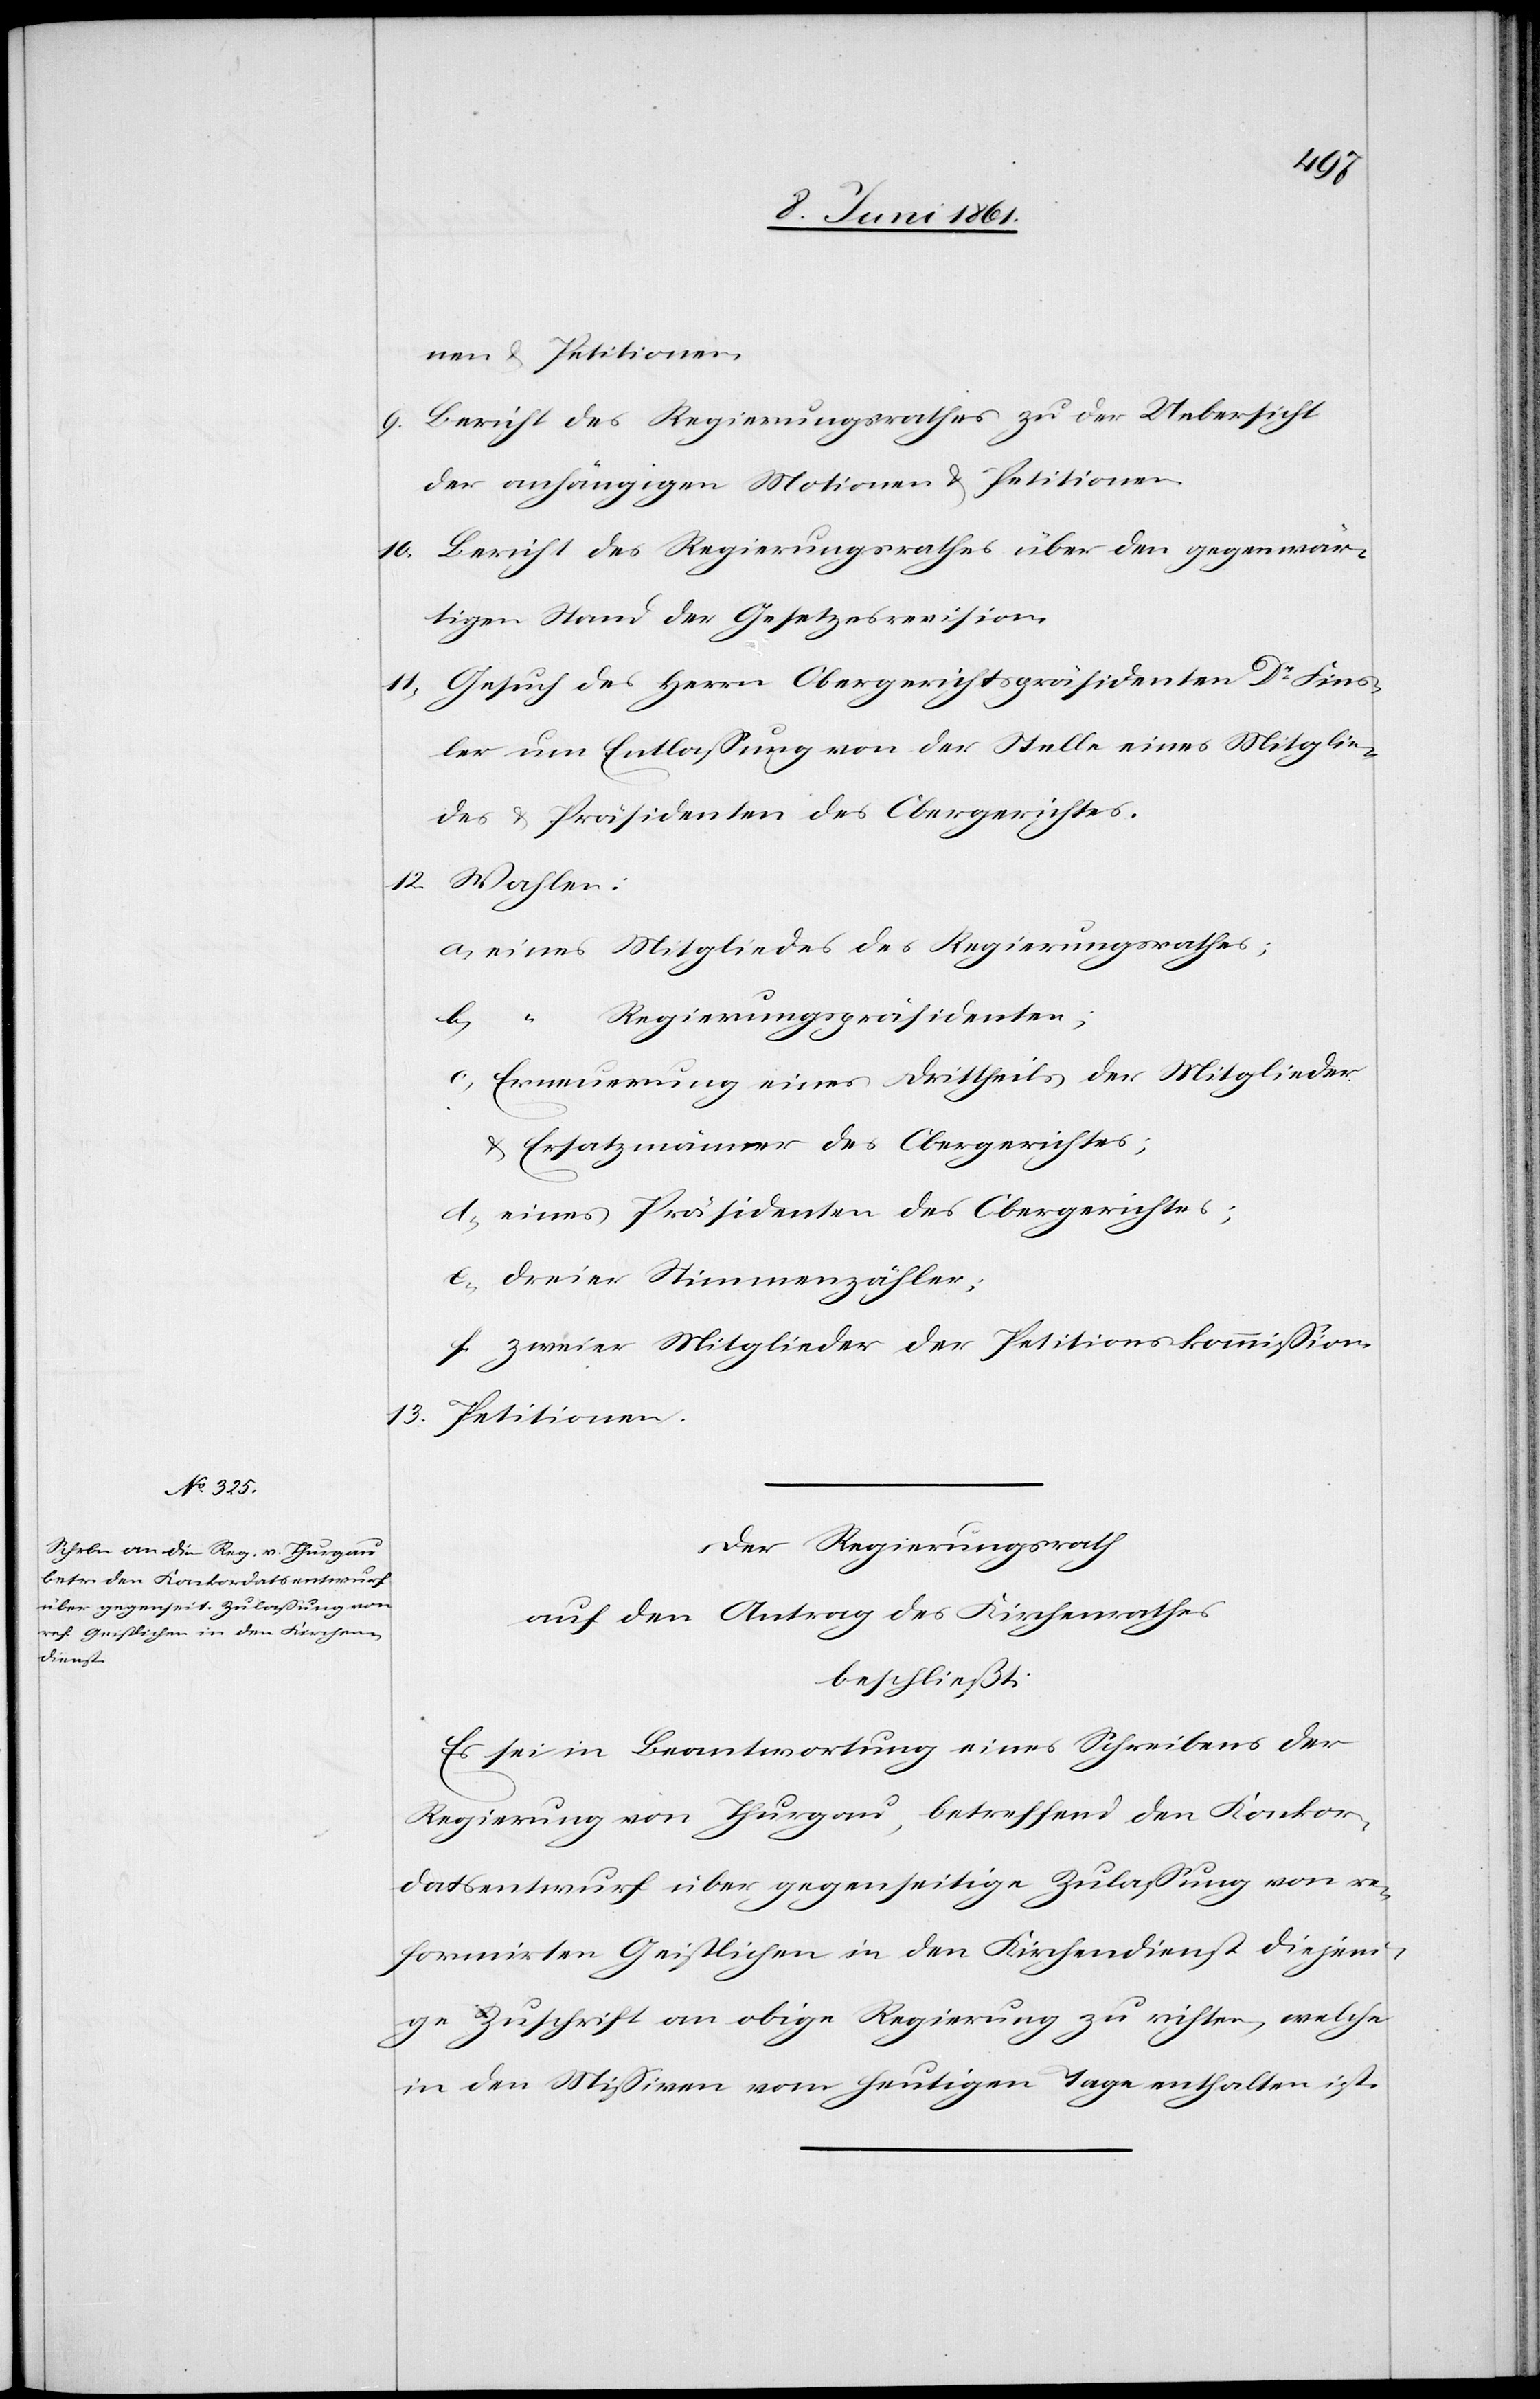
nen u. Petitionen.
9. Bericht des Regierungsrathes zu der Uebersicht
der anhängigen Motionen u. Petitionen.
10. Bericht des Regierungsrathes über den gegenwär¬
tigen Stand der Gesetzesrevision.
11. Gesuch des Herrn Obergerichtspräsidenten Dr. Fins¬
ler um Entlassung von der Stelle eines Mitglie¬
des u. Präsidenten des Obergerichtes.
12. Wahlen:
a. eines Mitgliedes des Regierungsrathes;
Regierungspräsidenten;
b. “
c. Erneuerung eines Drittheils der Mitglieder
u. Ersatzmänner des Obergerichtes;
d. eines Präsidenten des Obergerichtes;
e. dreier Stimmenzähler;
f. zweier Mitglieder der Petitionskommission.
13. Petitionen.
Der Regierungsrath
auf den Antrag des Kirchenrathes
beschließt:
Es sei in Beantwortung eines Schreibens der
Regierung von Thurgau, betreffend den Konkor¬
datsentwurf über gegenseitige Zulassung von re¬
formirten Geistlichen in den Kirchendienst diejeni¬
ge Zuschrift an obige Regierung zu richten, welche
in den Missiven vom heutigen Tage enthalten ist.